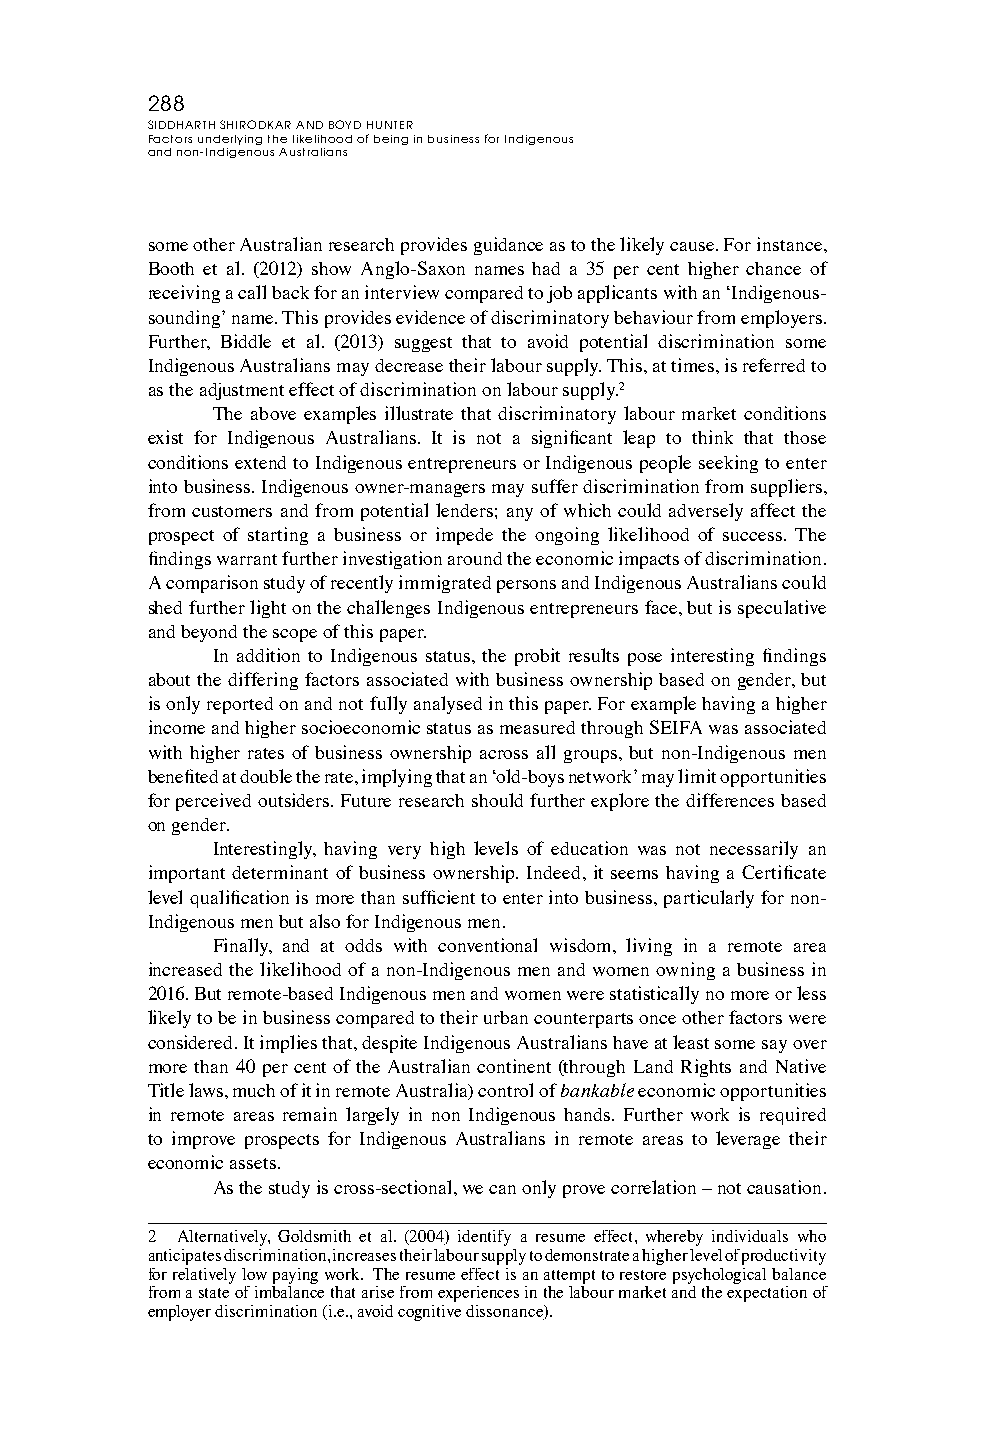
288
 SIDDHARTH SHIRODKAR AND BOYD HUNTER
 Factors underlying the likelihood of being in business for Indigenous
 and non-Indigenous Australians
 some other Australian research provides guidance as to the likely cause. For instance,
 Booth et al. (2012) show Anglo-Saxon names had a 35 per cent higher chance of
 receiving a call back for an interview compared to job applicants with an ‘Indigenous-
 sounding’ name. This provides evidence of discriminatory behaviour from employers.
 Further, Biddle et al. (2013) suggest that to avoid potential discrimination some
 Indigenous Australians may decrease their labour supply. This, at times, is referred to
 as the adjustment effect of discrimination on labour supply.2
 The above examples illustrate that discriminatory labour market conditions
 exist for Indigenous Australians. It is not a significant leap to think that those
 conditions extend to Indigenous entrepreneurs or Indigenous people seeking to enter
 into business. Indigenous owner-managers may suffer discrimination from suppliers,
 from customers and from potential lenders; any of which could adversely affect the
 prospect of starting a business or impede the ongoing likelihood of success. The
 findings warrant further investigation around the economic impacts of discrimination.
 A comparison study of recently immigrated persons and Indigenous Australians could
 shed further light on the challenges Indigenous entrepreneurs face, but is speculative
 and beyond the scope of this paper.
 In addition to Indigenous status, the probit results pose interesting findings
 about the differing factors associated with business ownership based on gender, but
 is only reported on and not fully analysed in this paper. For example having a higher
 income and higher socioeconomic status as measured through SEIFA was associated
 with higher rates of business ownership across all groups, but non-Indigenous men
 benefited at double the rate, implying that an ‘old-boys network’ may limit opportunities
 for perceived outsiders. Future research should further explore the differences based
 on gender.
 Interestingly, having very high levels of education was not necessarily an
 important determinant of business ownership. Indeed, it seems having a Certificate
 level qualification is more than sufficient to enter into business, particularly for non-
 Indigenous men but also for Indigenous men.
 Finally, and at odds with conventional wisdom, living in a remote area
 increased the likelihood of a non-Indigenous men and women owning a business in
 2016. But remote-based Indigenous men and women were statistically no more or less
 likely to be in business compared to their urban counterparts once other factors were
 considered. It implies that, despite Indigenous Australians have at least some say over
 more than 40 per cent of the Australian continent (through Land Rights and Native
 Title laws, much of it in remote Australia) control of bankable economic opportunities
 in remote areas remain largely in non Indigenous hands. Further work is required
 to improve prospects for Indigenous Australians in remote areas to leverage their
 economic assets.
 As the study is cross-sectional, we can only prove correlation – not causation.
 2 Alternatively, Goldsmith et al. (2004) identify a resume effect, whereby individuals who
 anticipates discrimination, increases their labour supply to demonstrate a higher level of productivity
 for relatively low paying work. The resume effect is an attempt to restore psychological balance
 from a state of imbalance that arise from experiences in the labour market and the expectation of
 employer discrimination (i.e., avoid cognitive dissonance).